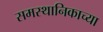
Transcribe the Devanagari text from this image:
समस्थानिकाच्या